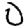
Digit: 0